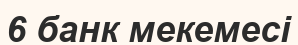
6 банк мекемесі